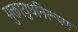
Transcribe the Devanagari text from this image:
मुक्तायुधनिरूपण